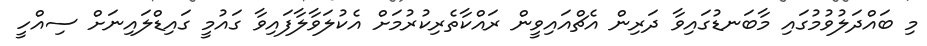
މި ބައްދަލުވުމުގައި މާބަނޑުގައިވާ ދަރިން އެޗްއައިވީން ރައްކާތެރިކުރުމަށް އެކުލަވާލާފައިވާ ގައުމީ ގައިޑްލައިނަށް ސިއްހީ